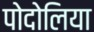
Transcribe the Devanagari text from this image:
पोदोलिया